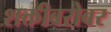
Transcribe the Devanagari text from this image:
शक्तीबरोबर